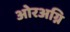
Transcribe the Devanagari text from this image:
ओरअग्नि